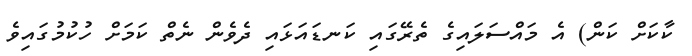
ކާކަށް ކަން) އެ މައްސަލައިގެ ތެރޭގައި ކަނޑައަޅައި ދެވެން ނެތް ކަމަށް ހުކުމުގައިވެ